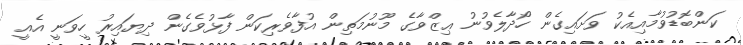
ކަންބޮޑުވުމާއިއެކު ވަށައިގެން ހޯދާލެވުނު ޢިޒްވާގެ މޫނުމަތިން އުފާވެރިކަން ފާޅުވެގެން ދިޔައިރު ހީވަނީ އެއީ